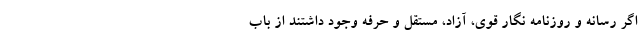
اگر رسانه و روزنامه نگار قوی، آزاد، مستقل و حرفه وجود داشتند از باب